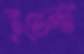
ইভেন্ট